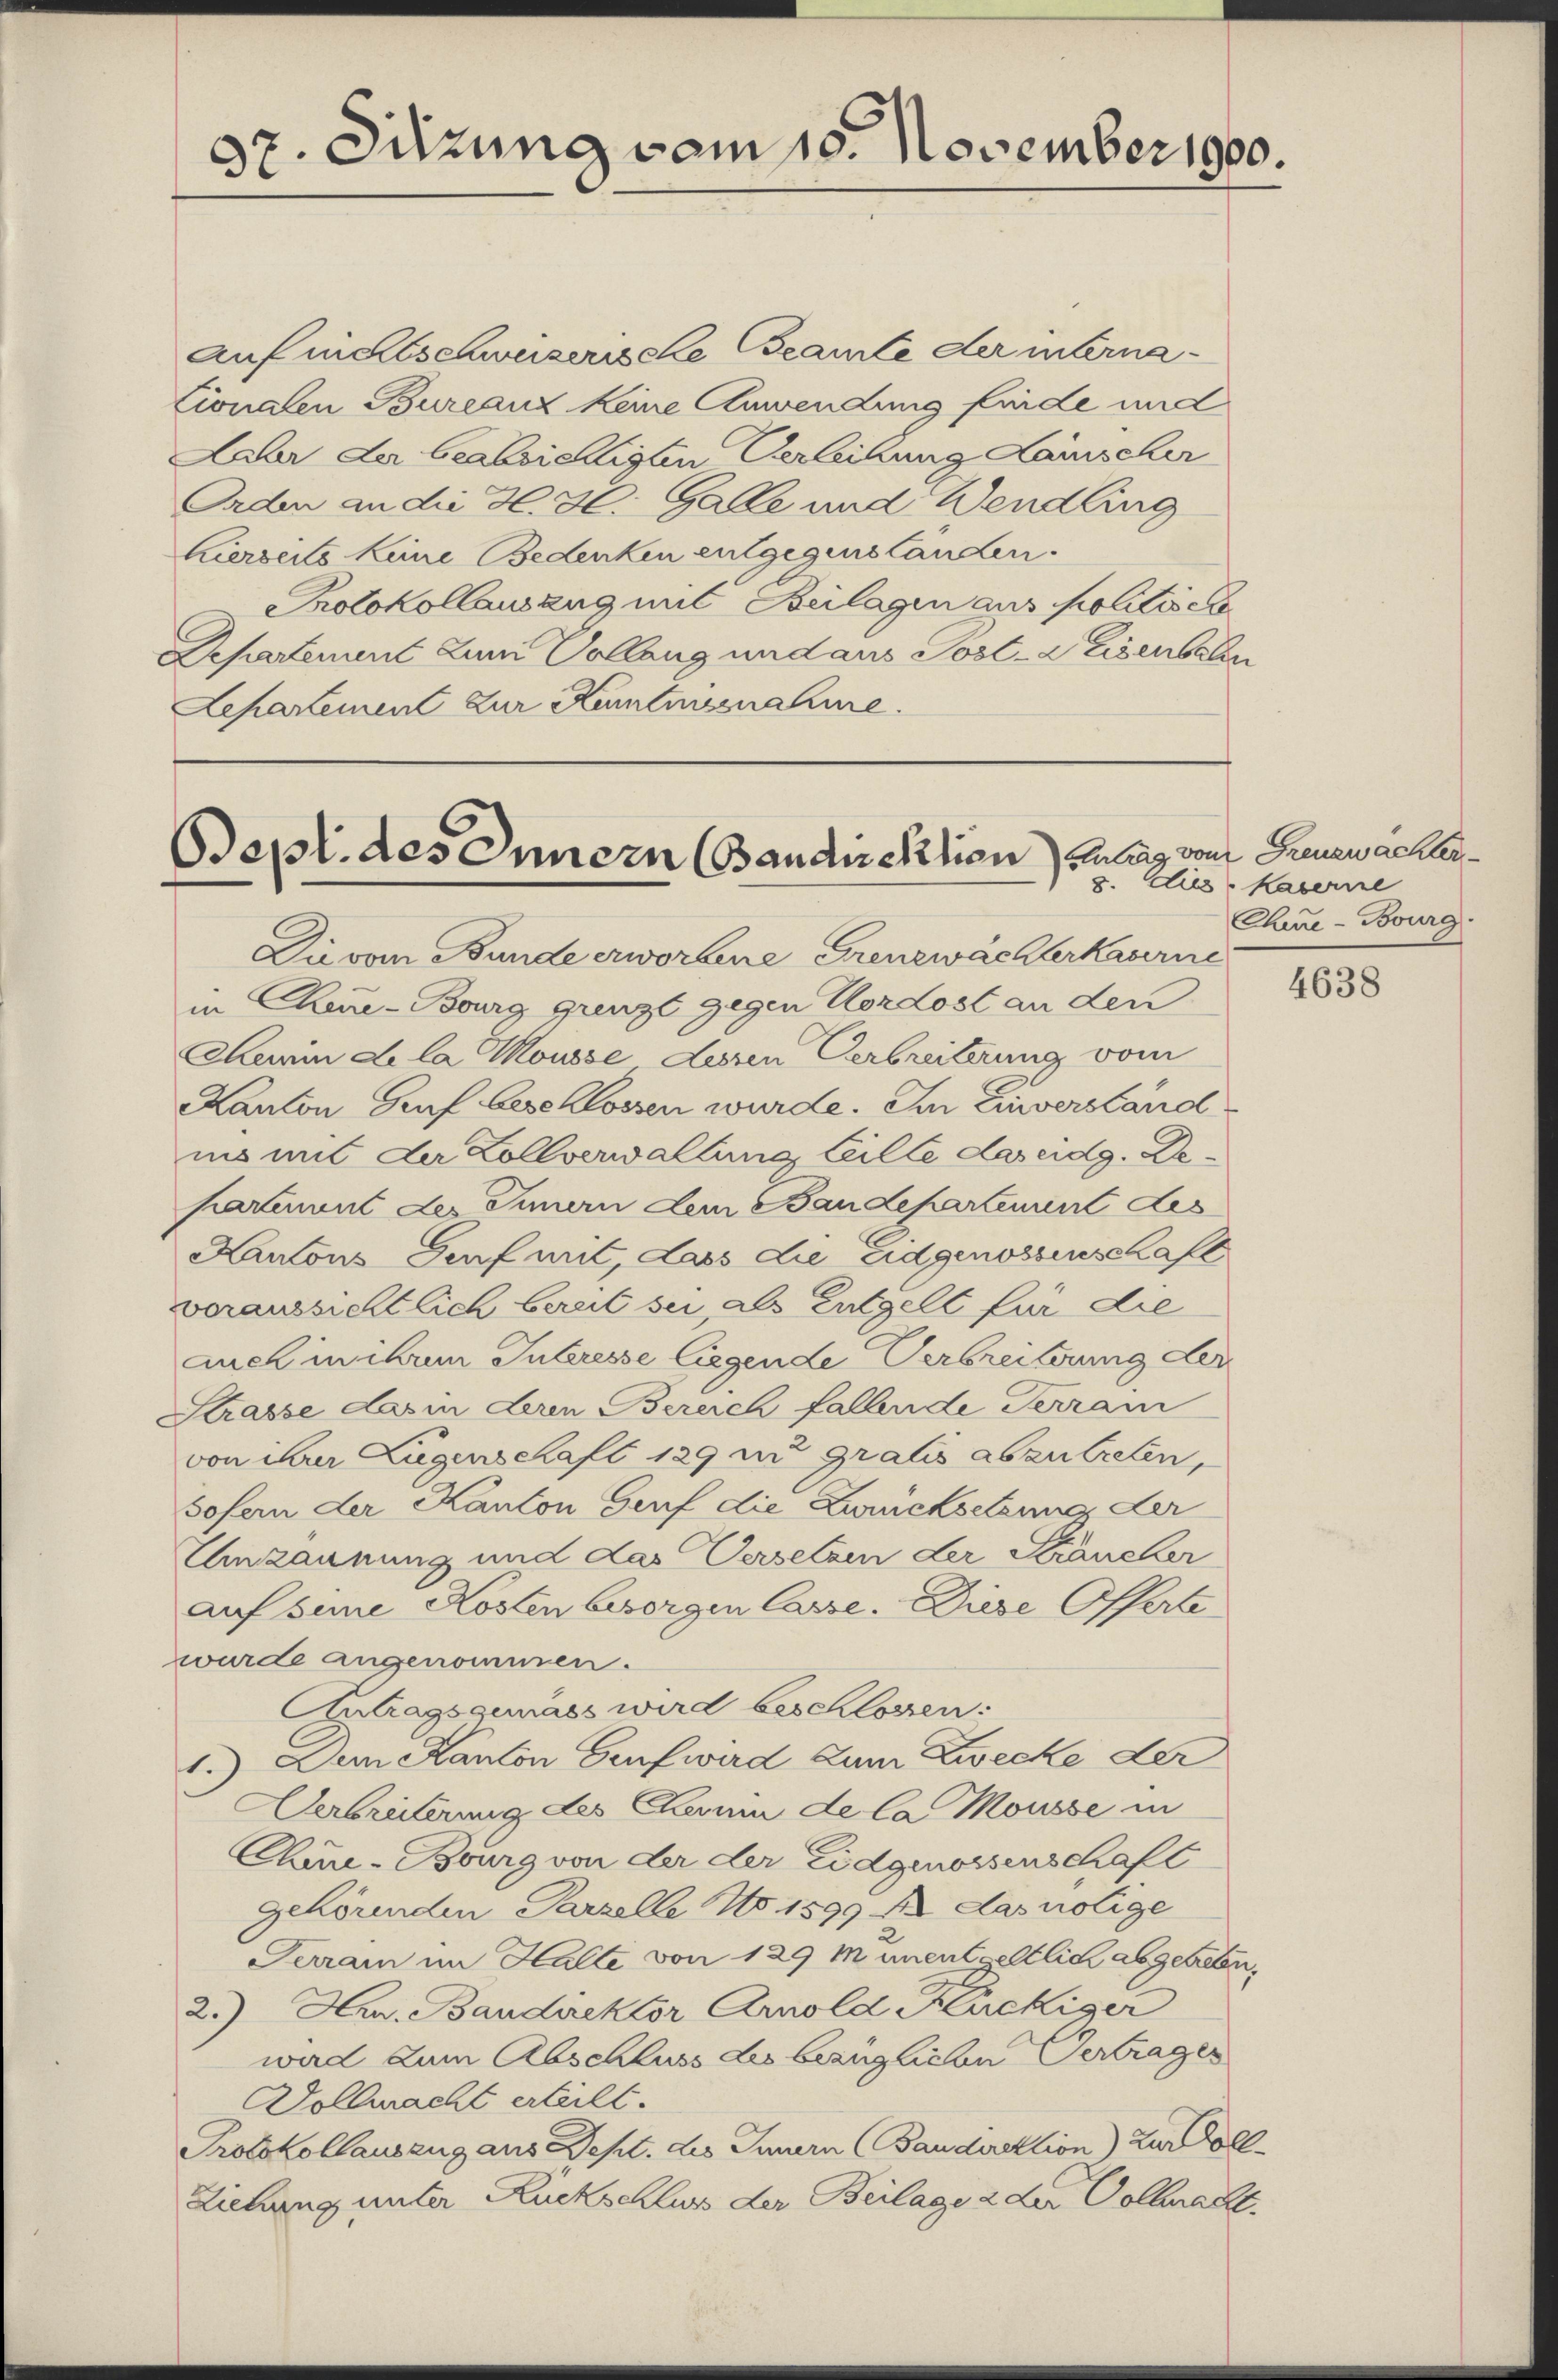
37. Sitzung vom 18. November 1900.

auf nichtschweizerische Beamte der interna¬
Cionalen Bureauz keine Anwendung für de mic
Lahr der beabsichtigten Verleihung Kaischer
Orden an die H. H. Galle und Wendling
hierseits keine Bedenken entgegenslanden.
Protokollauszug mit Beilagen aus politisch
Repartement zum Collang und aus Post- & Eisenbahn
Separtement zur Kemtmeenahme.

Sept. des Innern (Bandirektien Antrag von Grenzwacher
8. dies

Die vom Bunde erworbene Grenzwachterkaserne
in Chene-Bourg grenzt gegen Nordost an den
Harin de la Mousse dessen Verbreiterung vom
Kanton Gruf beschlossen wurde. Im Einverständ
iis mit der Zollverwaltung, Leille das eidg. Dekartement der Innern dem Baudepartement des
Kantons Genf mit, dass die Eidgenossenschaft
veraussichtlich bereit sei, als Entgelt für die
auch in ihrem Interesse liegende Verbreiterung der
Strasse darin deren Bereich fallende Terrain
von ihrer Lügenschaft 129 zu gratis abzutreten,
sofern der Kanton Genf die Zurücksetzung, der
Unzäunung und das Versetzen der Säncher
auf seine Kosten besorgen Casse. Diese Offerte
wurde angenommen.
Antragsqunass wird beschlossen:
1.) Dem Kanton Genf wird zum Zwecke der
Verbreiterung des Chaum de la Mousse in
Chine-Bourg von der der Eidgenossenschaft
gehörenden Parzelle No. 1599 f. Das nötige
Terrain im Halte von 129 m unentgeltlich abgegeben,
2.) Hrn. Bandirektor Arnold Mückiger
wad zum Abschluss des bezüglichen Verträger
Dollmacht erteilt.
Protokollauszug aus Dept. des Innern (Baudirektion) Zur Voll¬
Ziehung unter Ruckschluss der Beilage 2 der Volbracht.

kaserne
Chene - Bourg

4638